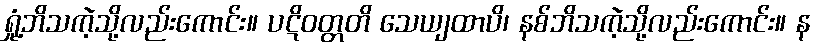
ရှုံ့ဘိသကဲ့သို့လည်းကောင်း။ ပဋိဝတ္တတိ သေယျထာပိ၊ နစ်ဘိသကဲ့သို့လည်းကောင်း။ န